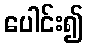
ပေါင်း၍